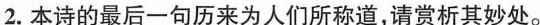
2.本诗的最后一句历来为人们所称道，请赏析其妙处。